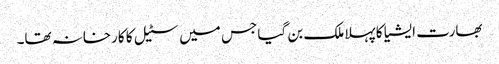
بھارت ایشیا کا پہلا ملک بن گیا جس میں سٹیل کا کارخانہ تھا۔